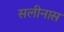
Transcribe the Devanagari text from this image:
सलीनास